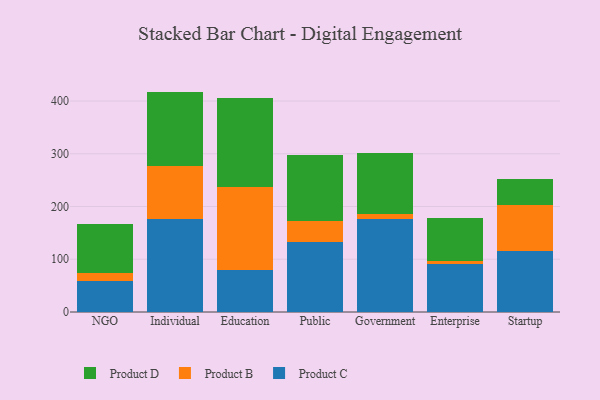
{"axis": {"x": "Segment", "y": "Conversion Rate (%)"}, "legend": ["Product B", "Product C", "Product D"], "data": [{"x": "NGO", "y": 58.9, "type": "Product C"}, {"x": "NGO", "y": 14.7, "type": "Product B"}, {"x": "NGO", "y": 93.9, "type": "Product D"}, {"x": "Individual", "y": 176.6, "type": "Product C"}, {"x": "Individual", "y": 100.0, "type": "Product B"}, {"x": "Individual", "y": 141.2, "type": "Product D"}, {"x": "Education", "y": 78.8, "type": "Product C"}, {"x": "Education", "y": 157.8, "type": "Product B"}, {"x": "Education", "y": 169.4, "type": "Product D"}, {"x": "Public", "y": 131.8, "type": "Product C"}, {"x": "Public", "y": 40.5, "type": "Product B"}, {"x": "Public", "y": 125.3, "type": "Product D"}, {"x": "Government", "y": 177.0, "type": "Product C"}, {"x": "Government", "y": 8.0, "type": "Product B"}, {"x": "Government", "y": 115.7, "type": "Product D"}, {"x": "Enterprise", "y": 91.9, "type": "Product C"}, {"x": "Enterprise", "y": 5.6, "type": "Product B"}, {"x": "Enterprise", "y": 80.7, "type": "Product D"}, {"x": "Startup", "y": 115.7, "type": "Product C"}, {"x": "Startup", "y": 86.8, "type": "Product B"}, {"x": "Startup", "y": 49.8, "type": "Product D"}]}